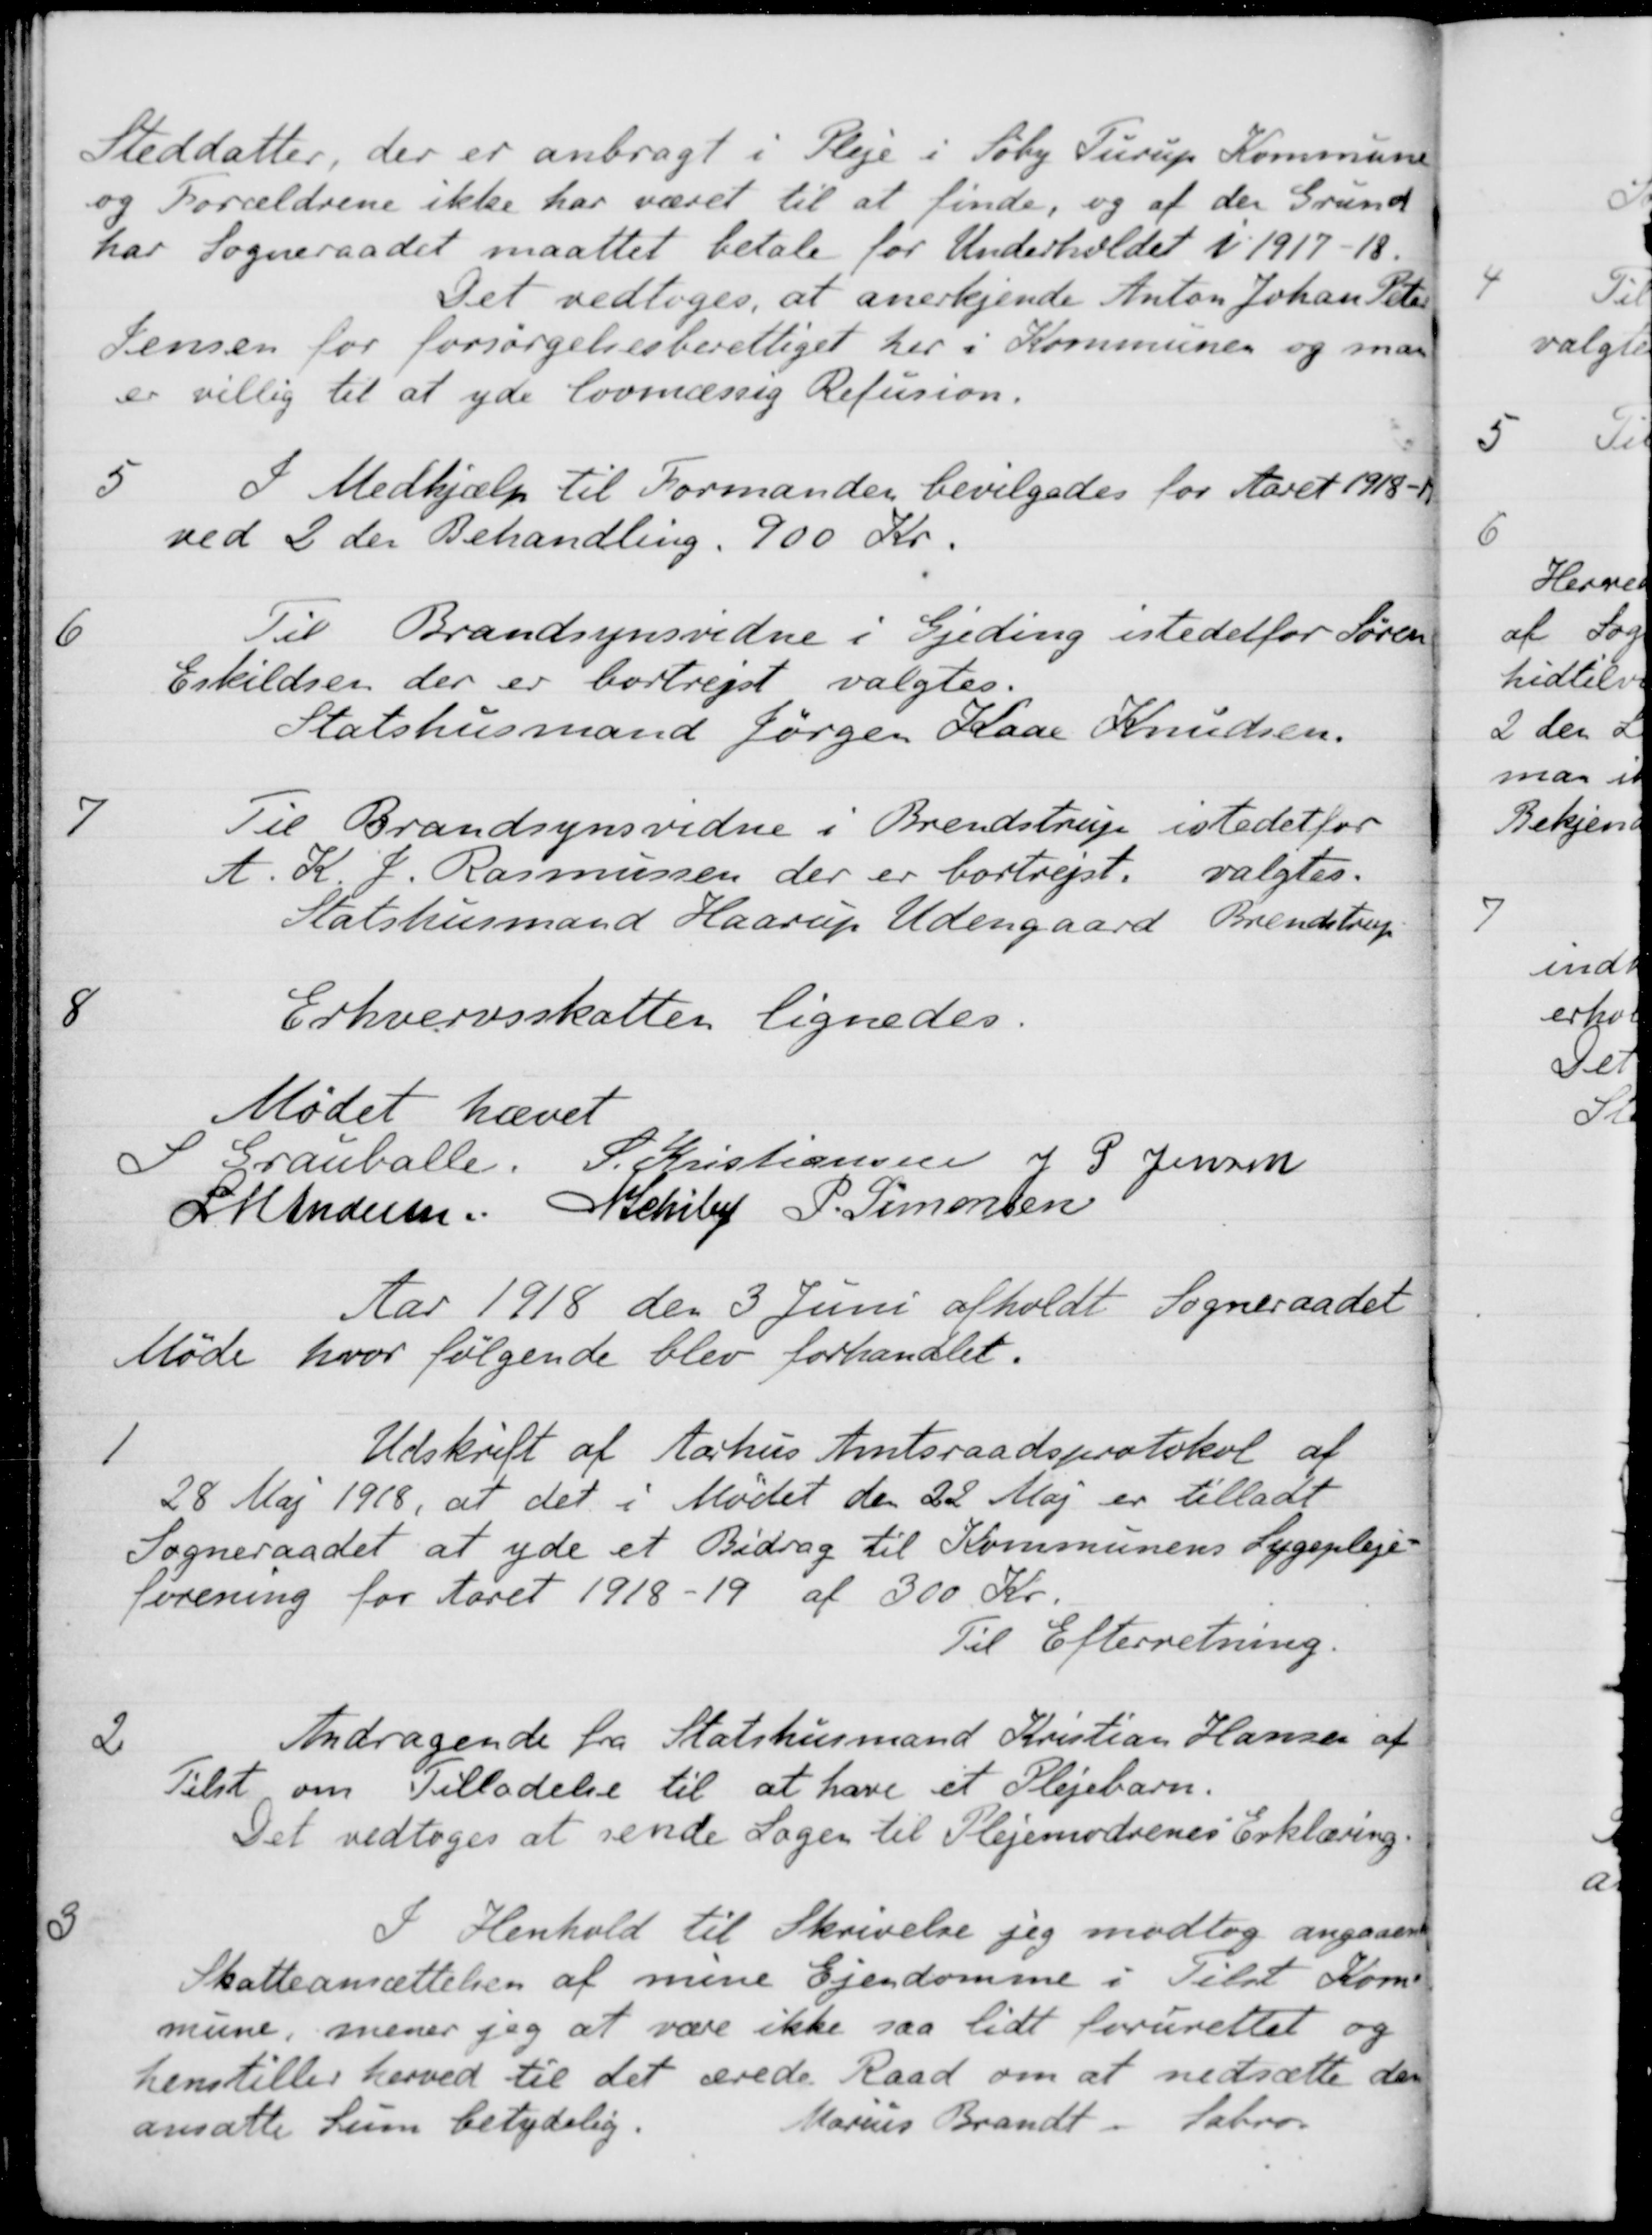
Transskription:
Steddatter, der er anbragt i Pleje i Søby Turup Kommune
og Forældrene ikke har været til at finde, og af den Grund
har Sogneraadet maattet betale for Underholdet i1917-18.
Det vedtoges, at anerkjende Anton Johan Peter
Jensen for forsørgelsesberettiget her i Kommunen og man 
er villig til at yde lovmæssig Refusion.
5
I Medhjælp til Formanden bevilgedes for Aaret 1918-19
ved 2 den Behandling. 900 Kr.
6
Til Brandsynsvidne i Gjeding istedetfor Søren
Eskildsen der er bortrejst valgtes.
Statshusmand Jørgen Kaae Knudsen.
7
Til Brandsynsvidne i Brendstrup istedetfor
A. K. J. Rasmussen der er bortrejst, valgtes.
Statshusmand Haarup Udengaard Brendstrup
8
Erhvervsskatten lignedes.
Mødet hævet
S Grauballe.
S. Kristiansen
J P Jensen
L M Andersen
N Schiby
P. Simonsen
Aar 1918 den 3 Juni afholdt Sogneraadet
Møde hvor følgende blev forhandlet.
1
Udskrift af Aarhus Amtsraadsprotokol af
28 Maj 1918, at det i Mødet den 22 Maj er tilladt
Sogneraadet at yde et Bidrag til Kommunens Sygepleje-
forening for Aaret 1918-19 af 300 Kr.
Til Efterretning.
2
Andragende fra Statshusmand Kristian Hansen af
Tilst om Tilladelse til at have et Plejebarn.
Det vedtoges at sende Sagen til Plejemodrenes Erklæring.
3
I Henhold til Skrivelse jeg modtog angaaende
Skatteansættelsen af mine Ejendomme i Tilst Kom-
mune, mener jeg at være ikke saa lidt forurettet og
henstiller herved til det ærede Raad om at nedsætte den
ansætte Sum betydelig.
Marius Brandt Sabro